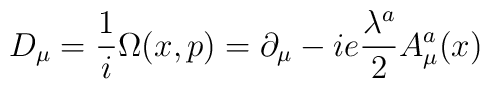
D_{\mu}=\frac{1}{i}\Omega(x,p)=\partial_{\mu}-ie\frac{\lambda^a}{2}A_{\mu}^a(x)